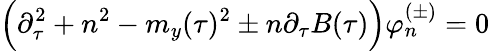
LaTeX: \Big(\partial_{\tau}^{2}+n^{2}-m_{y}(\tau)^{2}\pm n\partial_{\tau}B(\tau)\Big)\varphi_{n}^{(\pm)}=0